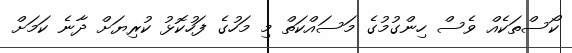
ކޯސްތަކެއް ވެސް ހިންގުމުގެ މަސައްކަތް މި މަހުގެ ފަހުކޮޅު ކުރިޔަށް ދާނެ ކަމަށް